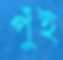
পুঁই